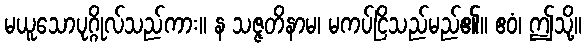
မယူသောပုဂ္ဂိုလ်သည်ကား။ န သဇ္ဇတိနာမ၊ မကပ်ငြိသည်မည်၏။ ဧဝံ၊ ဤသို့။